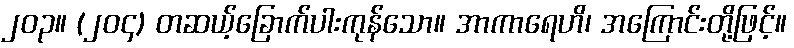
၂၀၃။ (၂၀၄) တဆယ့်ခြောက်ပါးကုန်သော။ အာကာရေဟိ၊ အကြောင်းတို့ဖြင့်။